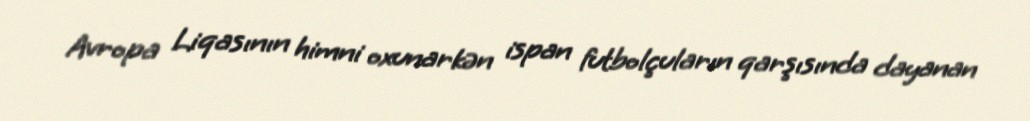
Avropa Liqasının himni oxunarkən ispan futbolçuların qarşısında dayanan